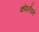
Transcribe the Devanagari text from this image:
कोपलँडने